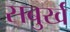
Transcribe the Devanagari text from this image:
सबुर्ख